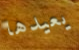
يعيدها